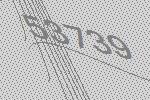
53739